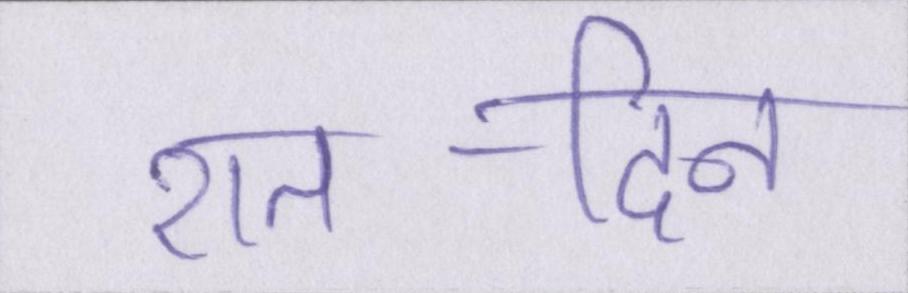
रात-दिन